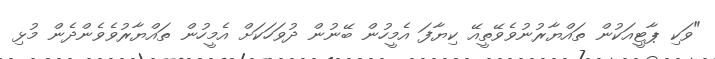
"ވަކި ޕާޓީއަކުން ތައްޔާރުނުވެވޭތީއޭ ކިޔާފަ އެމީހުން ބޭނުން ދުވަހަކަށް އެމީހުން ތައްޔާރުވެވެންދެން މުޅި